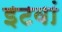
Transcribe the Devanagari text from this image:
इटवां